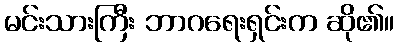
မင်းသားကြီး ဘာဂရေးရှင်းက ဆို၏။